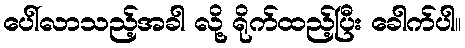
ပေါ်လာသည့်အခါ လို့ ရိုက်ထည့်ပြီး ခေါက်ပါ။